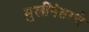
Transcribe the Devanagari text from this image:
मुलींनंतरचे